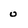
Character: 0